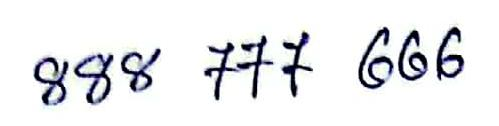
888 777 666